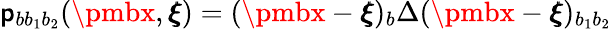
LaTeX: \mathsf{p}_{bb_{1}b_{2}}({\pmbx},{\pmb\xi})=({\pmbx}-{\pmb\xi})_{b}\Delta({\pmbx}-{\pmb\xi})_{b_{1}b_{2}}